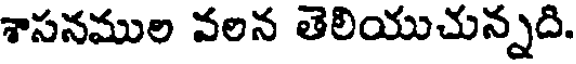
శాసనముల వలన తెలియుచున్నది.